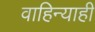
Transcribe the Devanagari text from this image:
वाहिन्याही